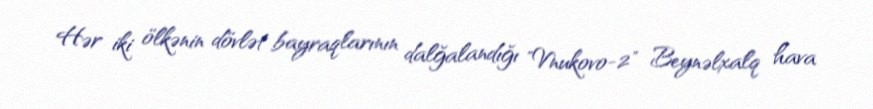
Hər iki ölkənin dövlət bayraqlarının dalğalandığı "Vnukovo-2" Beynəlxalq hava